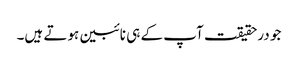
جو درحقیقت آپ کے ہی نائبین ہوتے ہیں۔